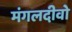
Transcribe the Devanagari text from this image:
मंगलदीवो